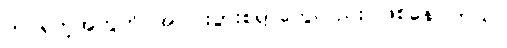
က ရတဲ့အတွက် အငြင်းပွားစရာတွေလည်း ဖြစ်နေပါတယ်။